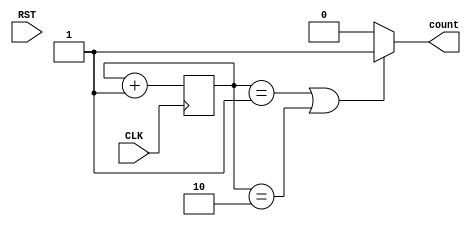
module quantidade_reposicao(
    input wire CLK,          // Entrada de clock
    input wire RST,          // Entrada de reset
    output reg count  // Sada vlida
);

reg [1:0] counter; // Registro de contagem de 3 bits

// O contador ir incrementar na borda de subida do clock
always @(posedge CLK) begin //or posedge RST
    //if (RST) // Condio de reset
        //counter <= 2'b00; // Inicializa o contador com 0
    //else
        counter <= counter + 1;
end

// A sada  1 apenas quando o contador for 000
always @* begin
    if ((counter == 2'b01) || (counter ==  2'b10))
        count = 1;
    else
        count = 0;
end 

endmodule